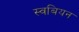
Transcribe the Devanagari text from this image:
स्वबियन